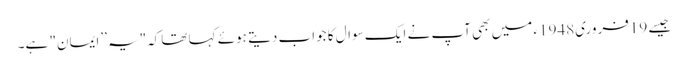
جیسے 19فروری1948ء میں بھی آپ نے ایک سوال کا جواب دیتے ہوئے کہا تھاکہ"یہ ’’ایمان" ہے۔